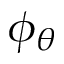
\phi _ { \theta }